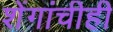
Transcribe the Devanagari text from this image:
शेंगांचीही